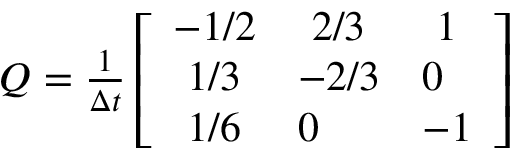
\begin{array} { r } { Q = \frac { 1 } { \Delta t } \left[ \begin{array} { l l l } { - 1 / 2 } & { \mathrm { ~ } 2 / 3 } & { \mathrm { ~ } 1 } \\ { \mathrm { ~ } 1 / 3 } & { - 2 / 3 } & { 0 } \\ { \mathrm { ~ } 1 / 6 } & { 0 } & { - 1 } \end{array} \right] } \end{array}